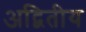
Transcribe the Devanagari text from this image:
अद्बितीय